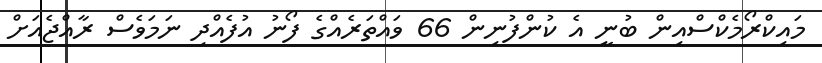
މައިކްރޯމެކްސްއިން ބުނީ އެ ކުންފުނިން 66 ވައްތަރެއްގެ ފޯނު އުފެއްދި ނަމަވެސް ރާއްޖެއަށް